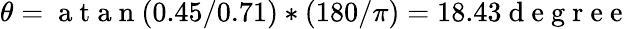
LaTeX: \theta=\mathrm{~a~t~a~n~}(0.45/0.71)\ast(180/\pi)=18.43\mathrm{~d~e~g~r~e~e~}